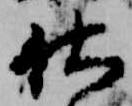
仕